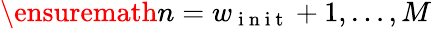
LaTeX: \ensuremath{n}=w_{\mathrm{~i~n~i~t~}}+1,\ldots,M